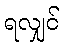
ရလျှင်